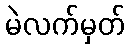
မဲလက်မှတ်